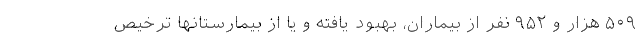
۵۰۹ هزار و ۹۵۲ نفر از بیماران، بهبود یافته و یا از بیمارستانها ترخیص